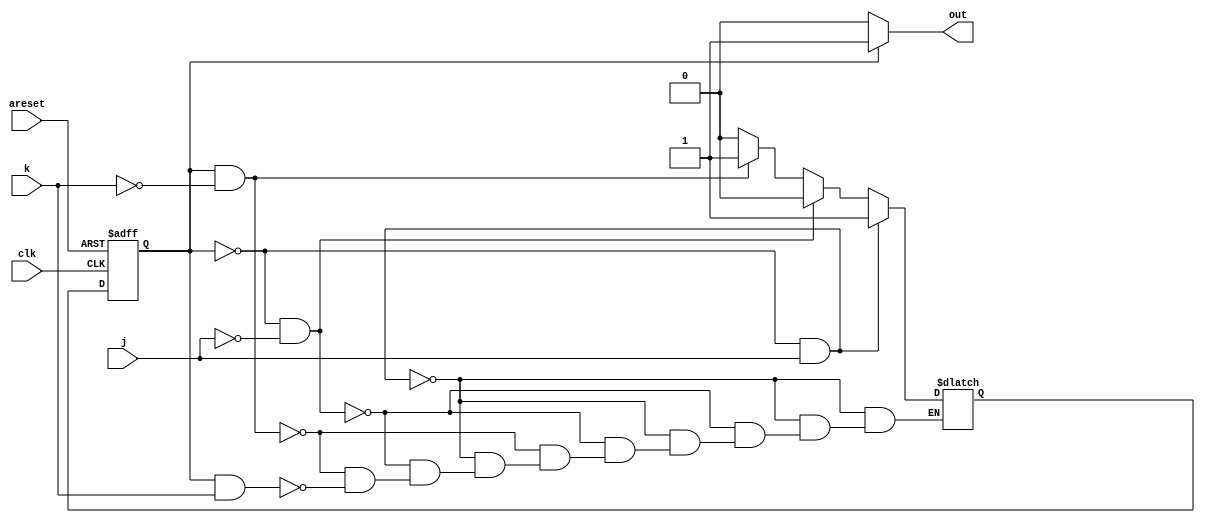
module top_module(
    input clk,
    input areset,    // Asynchronous reset to OFF
    input j,
    input k,
    output out); //  
    
    parameter OFF=1'b0, ON=1'b1; 
    reg state, next_state;

    always @(*) begin    // This is a combinational always block
        // State transition logic
        if (state == OFF & j == 1'b1) next_state = ON;
        else if (state == OFF & j == 1'b0) next_state = OFF;
        else if (state == ON & k == 1'b0) next_state = ON;
        else if (state == ON & k == 1'b1) next_state = OFF;
    end

    always @(posedge clk, posedge areset) begin    // This is a sequential always block
        // State flip-flops with asynchronous reset
        if (areset == 1'b1) begin
            state <= OFF; end
        else begin
            state <= next_state; end
    end

    // Output logic
    // assign out = (state == ...);
    assign out = (state == ON) ? 1'b1 : 1'b0;


endmodule